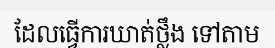
ដែលធ្វើការឃាត់ថ្លឹង ទៅតាម